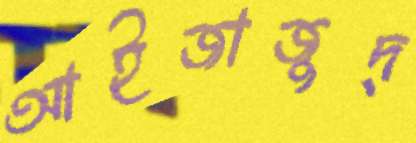
আইজাজুদ্